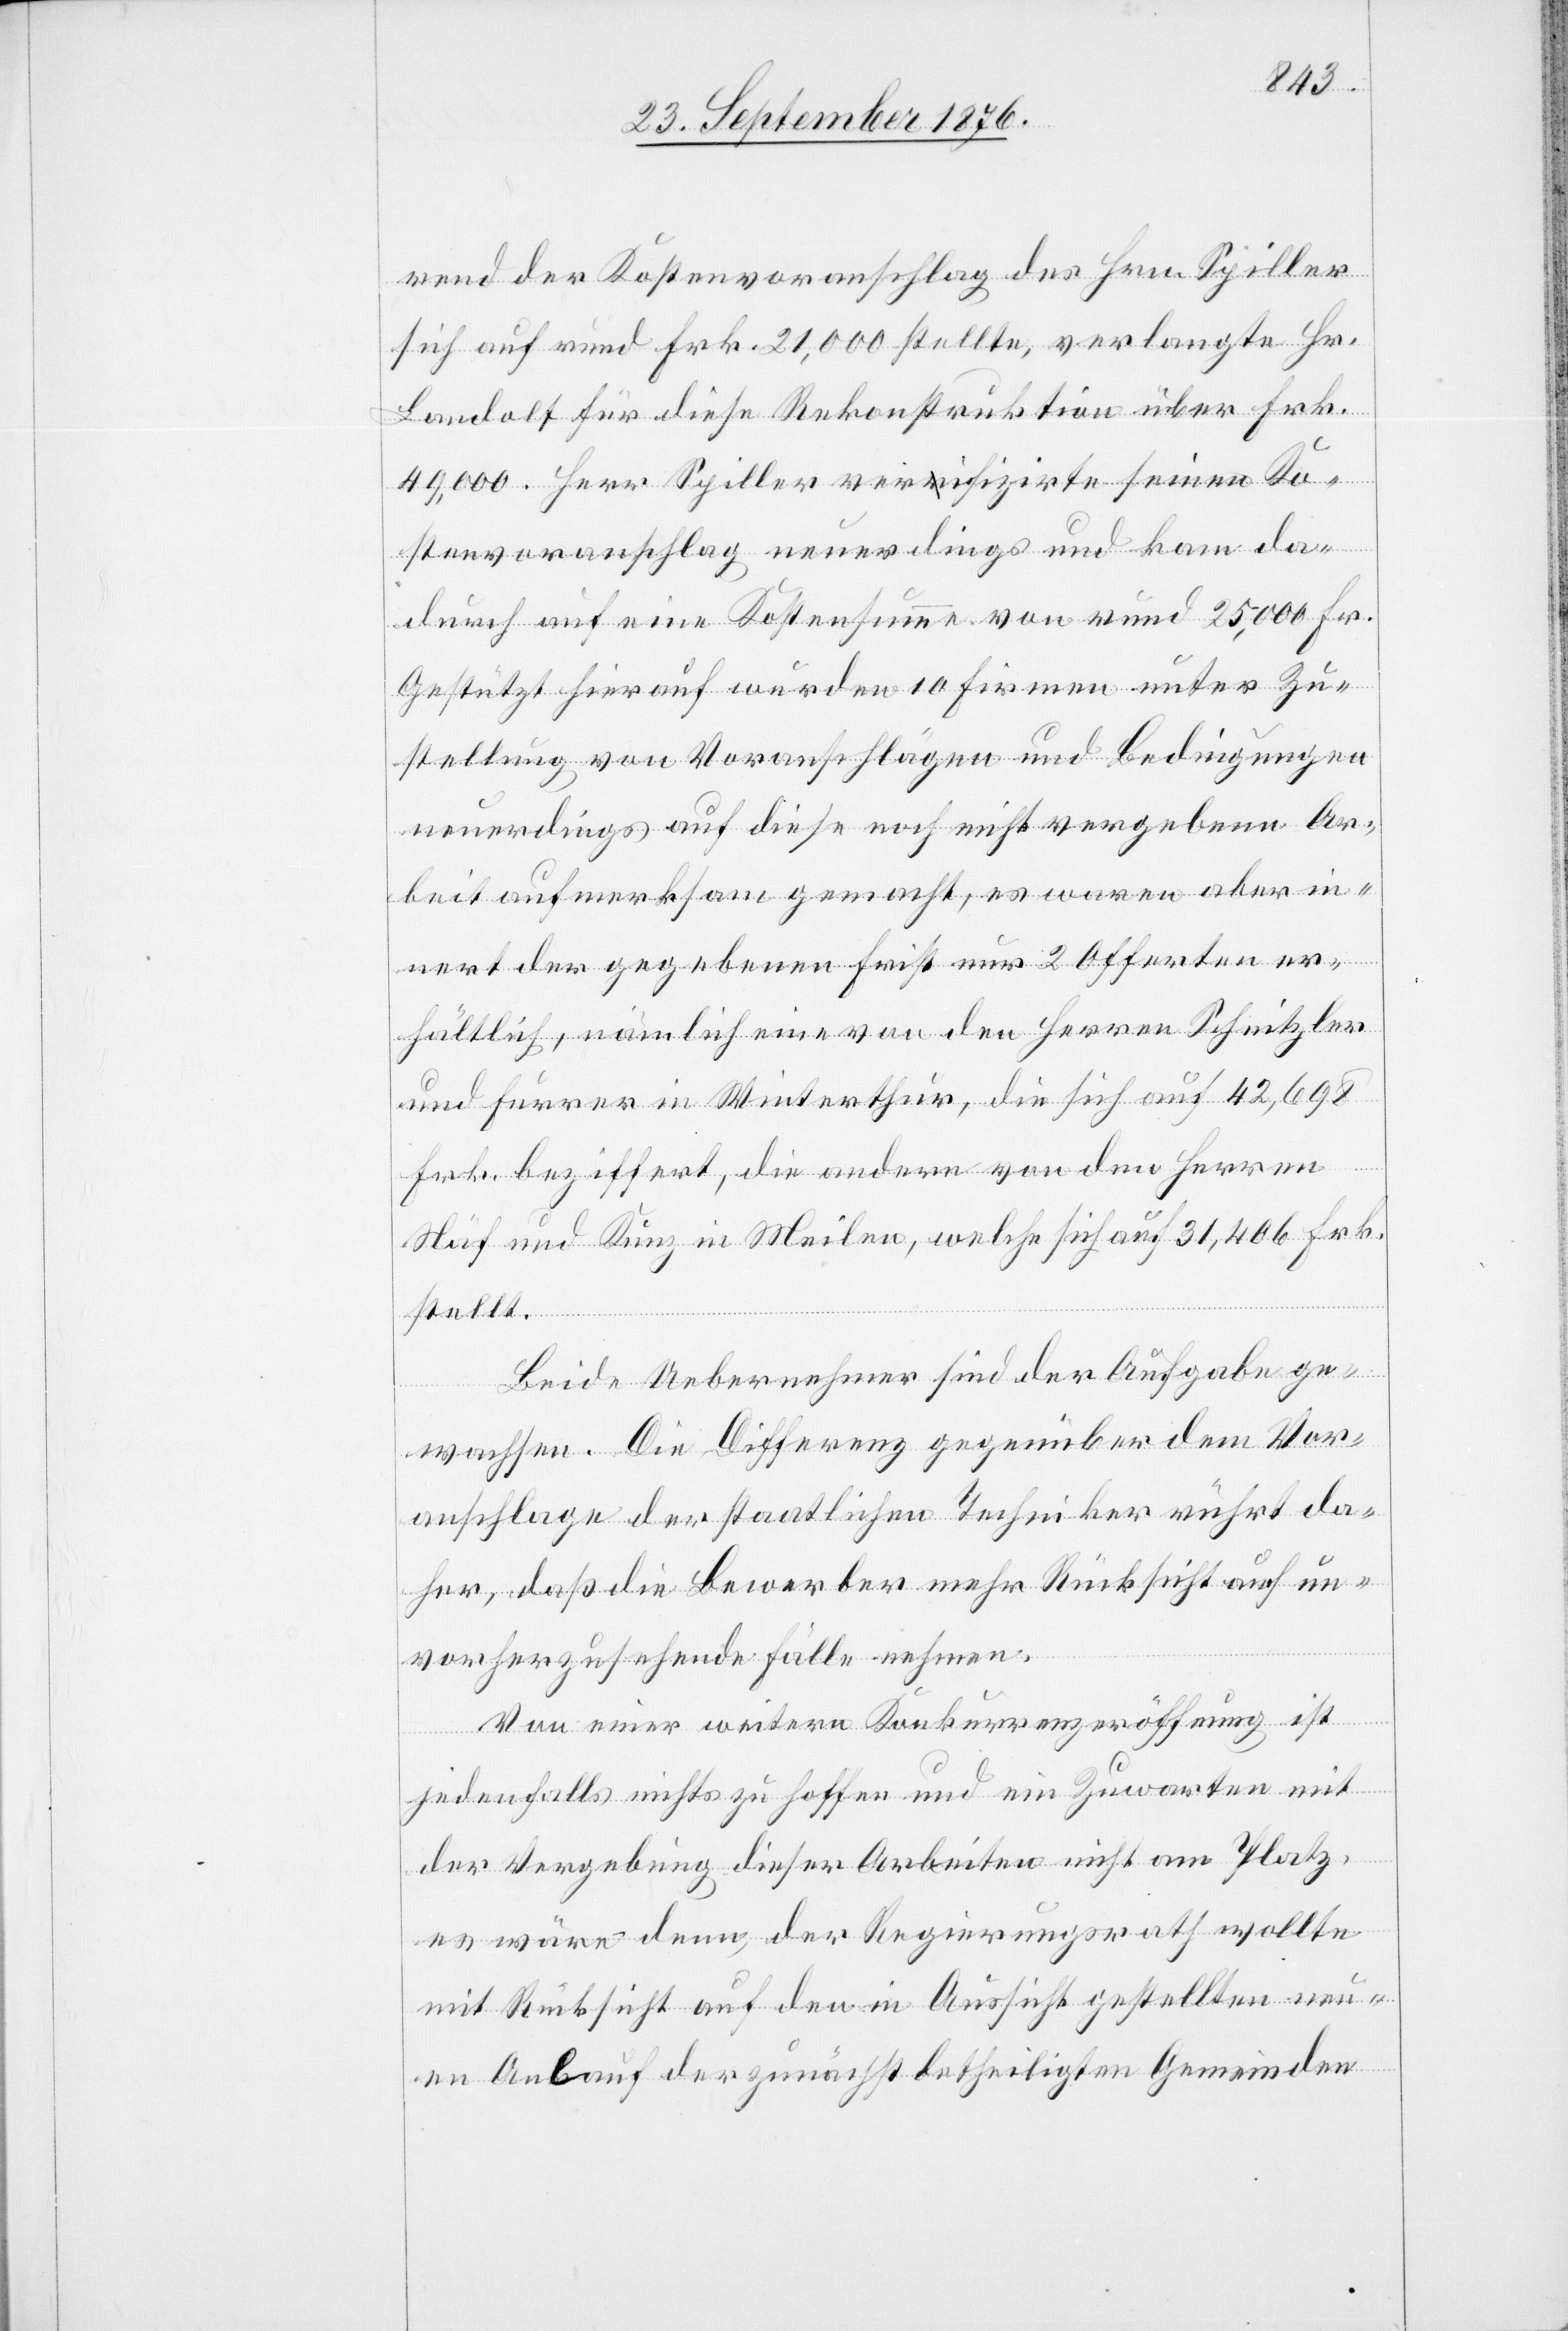
rend der Kostenvoranschlag des Hrn. Spiller
sich auf rund Frk. 21,000 stellte, verlangte Hr.
Landolt für diese Rekonstruktion über Frk.
49,000. Herr Spiller verifizirte seinen Ko¬
stenvoranschlag neuerdings und kam da¬
durch auf eine Kostensumme von rund 25,000 Fr.
Gestützt hierauf wurden 10 Firmen unter Zu¬
stellung von Voranschlägen und Bedingungen
neuerdings auf diese noch nicht vergebene Ar¬
beit aufmerksam gemacht, es waren aber in¬
nert der gegebenen Frist nur 2 Offerten er¬
hältlich, nämlich eine von den Herren Schnitzler
und Furrer in Winterthur, die sich auf 42,698
Frk. beziffert, die andere von den Herren
Näf und Kunz in Meilen, welche sich auf 31,406 Frk.
stellt.
Beide Uebernehmer sind der Aufgabe ge¬
wachsen. Die Differenz gegenüber dem Vor¬
anschlage der staatlichen Techniker rührt da¬
her, daß die Bewerber mehr Rücksicht auf un¬
vorherzusehende Fälle nehmen.
Von einer weitern Konkurrenzeröffnung ist
jedenfalls nichts zu hoffen und ein Zuwarten mit
der Vergebung dieser Arbeiten nicht am Platz,
es wäre denn, der Regierungsrath wollte
mit Rücksicht auf den in Aussicht gestellten neu¬
en Anlauf der zunächst betheiligten Gemeinden